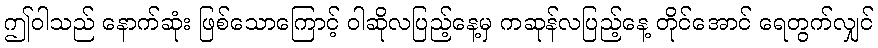
ဤဝါသည် နောက်ဆုံး ဖြစ်သောကြောင့် ဝါဆိုလပြည့်နေ့မှ ကဆုန်လပြည့်နေ့ တိုင်အောင် ရေတွက်လျှင်